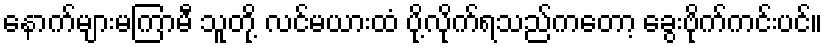
နောက်များမကြာမီ သူတို့ လင်မယားထံ ပို့လိုက်ရသည်ကတော့ ခွေးဗိုက်ကင်းပင်။